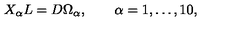
X _ { \alpha } L = D \Omega _ { \alpha } , \qquad \alpha = 1 , \ldots , 1 0 ,